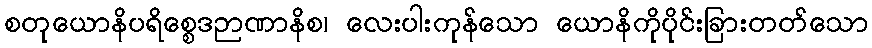
စတုယောနိပရိစ္စေဒဉာဏာနိစ၊ လေးပါးကုန်သော ယောနိကိုပိုင်းခြားတတ်သော